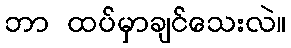
ဘာ ထပ်မှာချင်သေးလဲ။